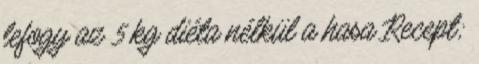
lefogy az 5 kg diéta nélkül a hasa Recept;